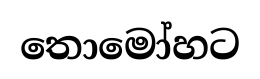
තොමෝහට